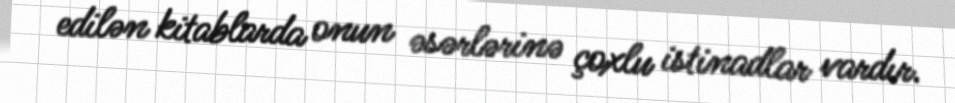
edilən kitablarda onun əsərlərinə çoxlu istinadlar vardır.